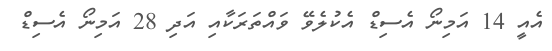
އެއީ 14 އަމިނޯ އެސިޑް އެކުލެވޭ ވައްތަރަކާއި އަދި 28 އަމިނޯ އެސިޑް